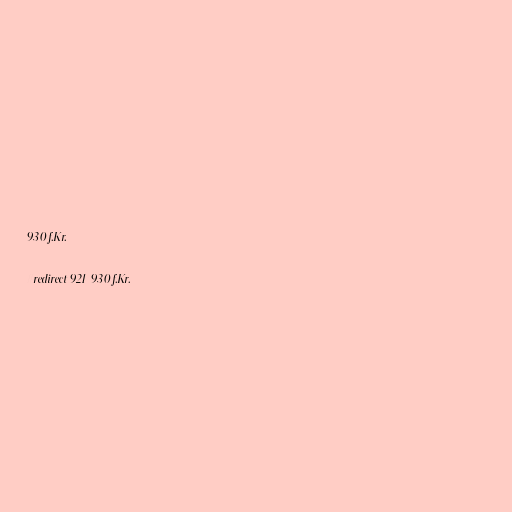
930 f.Kr.

#redirect 921-930 f.Kr.